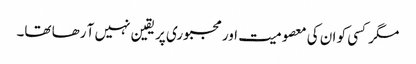
مگر کسی کو ان کی معصومیت اور مجبوری پر یقین نہیں آ رھا تھا۔